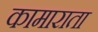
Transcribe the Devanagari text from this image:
कामाराता